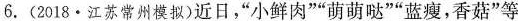
6.(2018·江苏常州模拟)近日，”小鲜肉””萌萌哒””蓝瘦，香菇”等